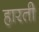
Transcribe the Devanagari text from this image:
हारती